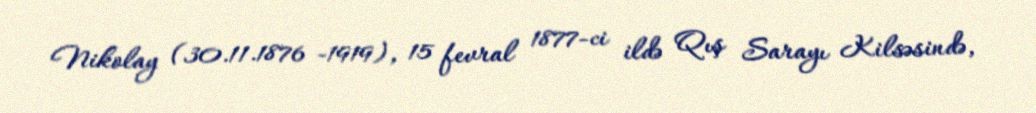
Nikolay (30.11.1876 -1919), 15 fevral 1877-ci ildə Qış Sarayı Kilsəsində,